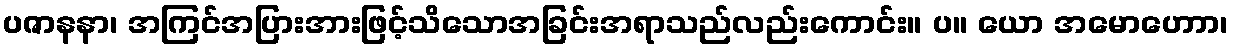
ပဇာနနာ၊ အကြင်အပြားအားဖြင့်သိသောအခြင်းအရာသည်လည်းကောင်း။ ပ။ ယော အမောဟောာ၊